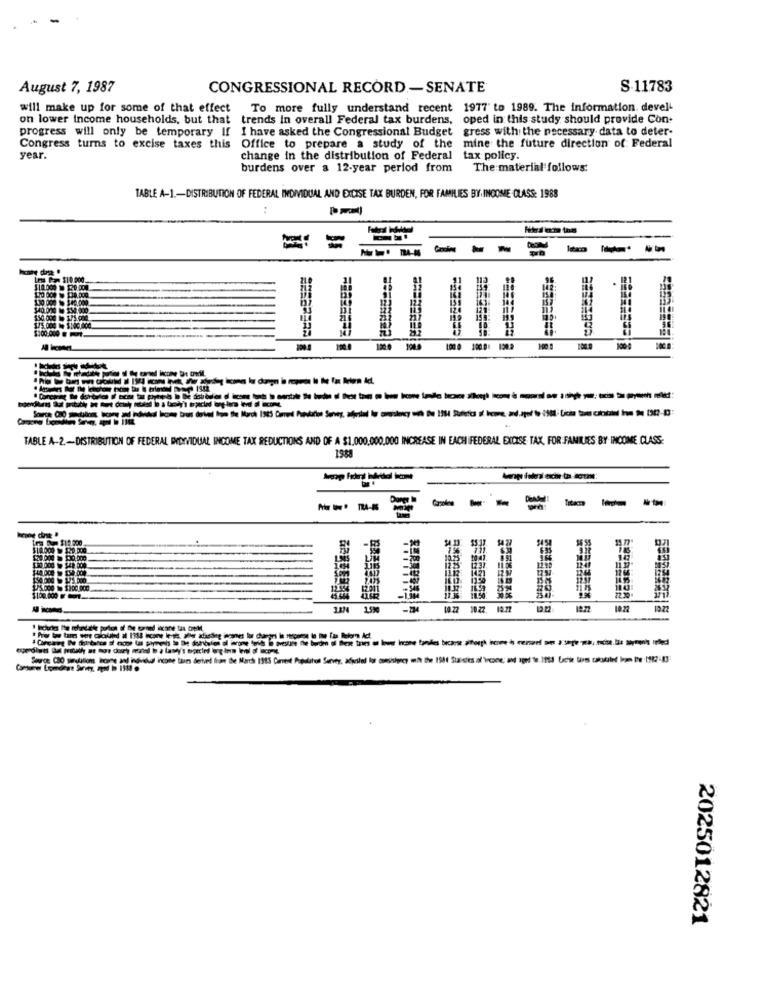
August 7, 1987
CONGRESSIONAL RECORD -SENATE
S.11783
will make up for some of that effect To more fully understand recent 1977' to 1989. The information, devel-
on lower income households, but that trends In overall Federal tax burdens, oped in this study should provide Con-
progress will only be temporary If I have asked the Congressional Budget gress with the necessary data to deter-
Congress turns to excise taxes this Office to prepare a study of the mine the future direction of Federal
year.
change in the distribution of Federal
tax policy.
burdens over a 12-year period from
The material follows:
TABLE A-1 .- DISTRIBUTION OF FEDERAL INDIVIDUAL AND EXCISE TAX BURDEN, FOR FAMILIES BY INCOME CLASS: 1988
:
= =
---- -
Les Pa $10.000
$75.000 W $1c,OCH
190.0
100 0 100.0: 124.2
1000
TABLE A-2-DISTRIBUTION OF FEDERAL INDIVIDUAL INCOME TAX REDUCTIONS AND OF A $1.000,000,000 INCREASE IN EACH FEDERAL EXCISE TAX, FOR FAMILIES BY- INCOME CLASS:
--- --:
tr m $1: 200
10.25 1041.
1112 1421
12 68
$100.000 Ft.
10.22.
12.71
12.77
10.22
19 22
Source (3) sindations bore and individual income tion derived tham De March 1995 Cents Population Survey, apriled los consigo wh De 1900 Studies of Yore; and ogni to 1965 Let tos prokind bom De 1902-13:
2025012821